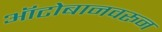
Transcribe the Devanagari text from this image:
ऑटोबानवरून